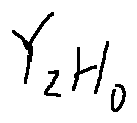
Y _ { z H _ { o } }